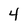
Character: 4